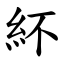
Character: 紑